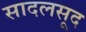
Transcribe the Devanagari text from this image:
सादलसूद